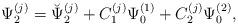
LaTeX: \begin{align*}\Psi_2^{(j)}=\breve{\Psi}_2^{(j)} + C_1^{(j)}\Psi_0^{(1)} + C_2^{(j)}\Psi_0^{(2)},\end{align*}